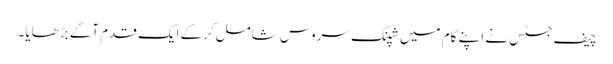
چیف جسٹس نے اپنے کام میں شپنگ سروس شامل کرکے ایک قدم آگے بڑھایا۔